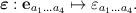
LaTeX: \begin{align*}\mbox{\boldmath $\varepsilon$}: {\bf e}_{a_{1} \ldots a_{4}}\mapsto \varepsilon_{a_{1} \ldots a_{4}}.\end{align*}